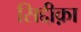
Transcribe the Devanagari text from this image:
सिद्दीक़ा